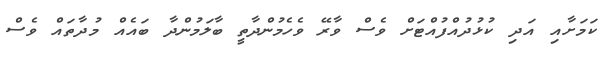
ކަމަށާއި އަދި ކުޅުދުއްފުއްޓަށް ވެސް ވާރޭ ވެހެމުންދާތީ ބާލަމުންދާ ބައެއް މުދާތައް ވެސް